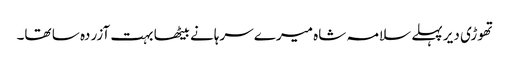
تھوڑی دیر پہلے سلامہ شاہ میرے سرہانے بیٹھا بہت آزردہ سا تھا۔